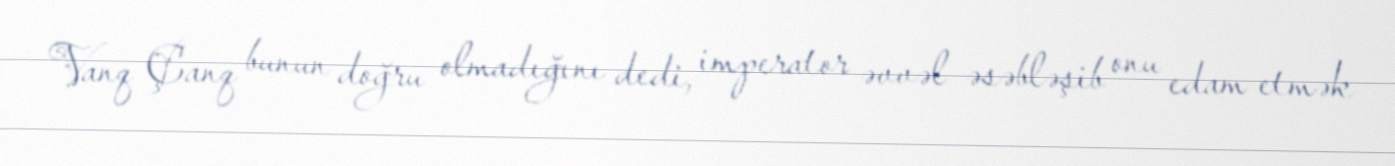
Vanq Çanq bunun doğru olmadığını dedi, imperator əvvəl əsəbləşib onu edam etmək